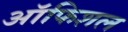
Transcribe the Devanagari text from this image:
ऑफिशल